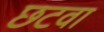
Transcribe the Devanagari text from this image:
छटवा